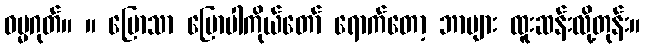
ဓမ္မဂုတ်။ ။ ပြောသာ ပြောပါကိုယ်တော် ရောက်တော့ ဘာများ ထူးဆန်းလို့တုန်း။